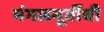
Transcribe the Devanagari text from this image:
मंगलमूर्तीची